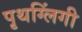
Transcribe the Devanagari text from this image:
पृथग्लिंगी